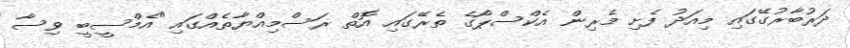
ދަރުބާރުގޭގައި މިއަދު ފެށި މެރިން އެކްސްޕޯގެ ތެރޭގައި އޮތް ރަސްމިއްޔާތެއްގައި "އެމްސީބީ ވިސާ